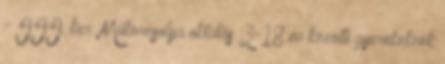
- III. ker. Műkorcsolya oktatás 3-18 év közötti gyerekeknek